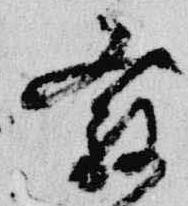
発